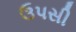
ઉપસી